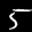
Label: 5